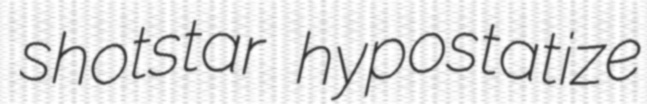
shotstar hypostatize